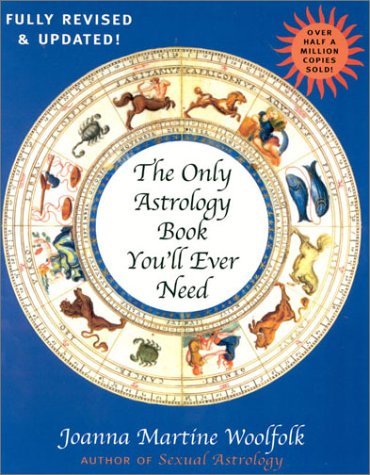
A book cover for The Only Astrology Book You'll Ever Need, New Edition; Joanna Martine Woolfolk; Religion & Spirituality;